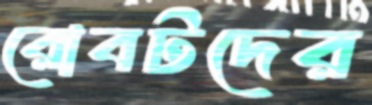
রোবটদের